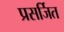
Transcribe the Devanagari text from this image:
प्रसर्जित